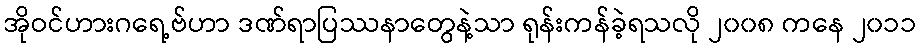
အိုဝင်ဟားဂရေ့ဗ်ဟာ ဒဏ်ရာပြဿနာတွေနဲ့သာ ရုန်းကန်ခဲ့ရသလို ၂၀၀၈ ကနေ ၂၀၁၁